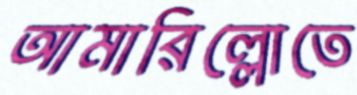
আমারিল্লোতে